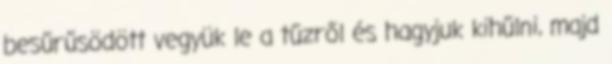
besűrűsödött vegyük le a tűzről és hagyjuk kihűlni, majd